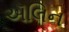
ઍલિન